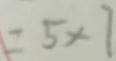
= 5 \times 7